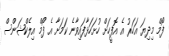
ފޯމް މިދިޔަ އަހަރު އެ އޮފީހަށް ހުށަހަޅާފައިވާނެ ކަމަށާ އެ ފޯމް އިލެކްޝަންސް